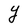
Character: Y